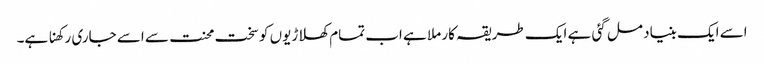
اسے ایک بنیاد مل گئی ہے ایک طریقہ کار ملا ہے اب تمام کھلاڑیوں کو سخت محنت سے اسے جاری رکھنا ہے۔